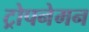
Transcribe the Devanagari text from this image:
ट्रोपनेमन